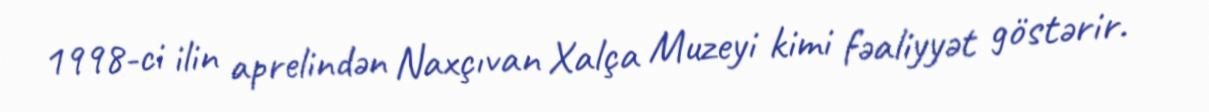
1998-ci ilin aprelindən Naxçıvan Xalça Muzeyi kimi fəaliyyət göstərir.